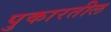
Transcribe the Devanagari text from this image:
पुकारतील